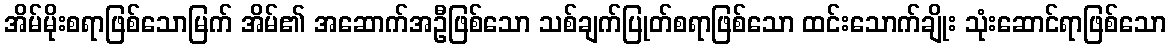
အိမ်မိုးစရာဖြစ်သောမြက် အိမ်၏ အဆောက်အဦဖြစ်သော သစ်ချက်ပြုတ်စရာဖြစ်သော ထင်းသောက်ချိုး သုံးဆောင်ရာဖြစ်သော